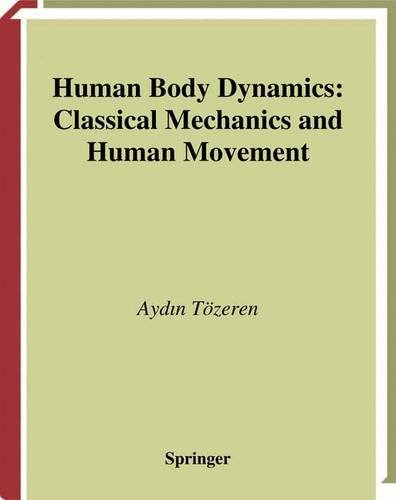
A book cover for Human Body Dynamics: Classical Mechanics and Human Movement; Aydin TÃ¶zeren; Medical Books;